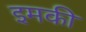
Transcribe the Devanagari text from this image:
इमकी